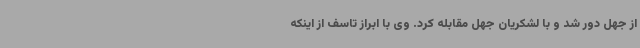
از جهل دور شد و با لشکریان جهل مقابله کرد. وی با ابراز تاسف از اینکه